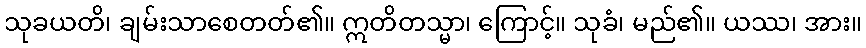
သုခယတိ၊ ချမ်းသာစေတတ်၏။ ဣတိတသ္မာ၊ ကြောင့်။ သုခံ၊ မည်၏။ ယဿ၊ အား။